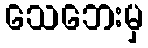
သေဘေးမှ